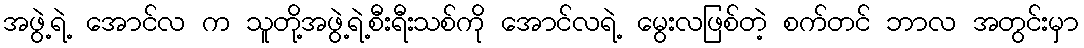
အဖွဲ့ရဲ့ အောင်လ က သူတို့အဖွဲ့ရဲ့စီးရီးသစ်ကို အောင်လရဲ့ မွေးလဖြစ်တဲ့ စက်တင် ဘာလ အတွင်းမှာ